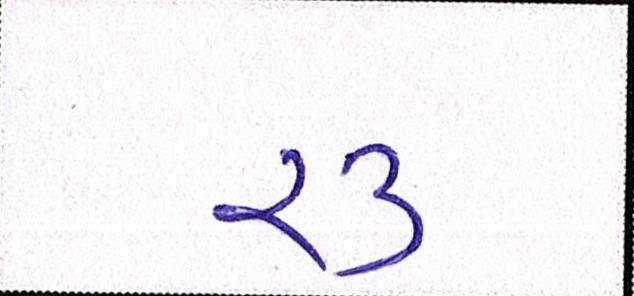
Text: ૨૩